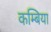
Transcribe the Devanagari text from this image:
कम्बिया